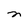
Character: n